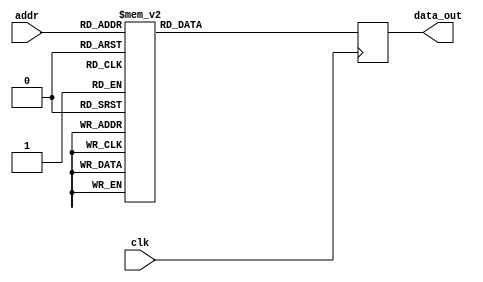
module twiddle_ROM_real_1 (
    input wire clk,
    input wire [4:0] addr,
    output reg [15:0] data_out
);

always @(posedge clk) begin
    case(addr)
    
5'b00000: data_out <= 16'h0100 ;
5'b00001: data_out <= 16'h0100 ;
5'b00010: data_out <= 16'h0100 ;
5'b00011: data_out <= 16'h0100 ;
5'b00100: data_out <= 16'h0100 ;
5'b00101: data_out <= 16'h0000 ;
5'b00110: data_out <= 16'h0100 ;
5'b00111: data_out <= 16'h0000 ;
5'b01000: data_out <= 16'h0100 ;
5'b01001: data_out <= 16'h00B5 ;
5'b01010: data_out <= 16'h0000 ;
5'b01011: data_out <= 16'hFF4A ;
5'b01100: data_out <= 16'h0000 ;
5'b01101: data_out <= 16'hFF9E ;
5'b01110: data_out <= 16'hFF4A ;
5'b01111: data_out <= 16'hFF13 ;
5'b10000: data_out <= 16'h00B5 ;
5'b10001: data_out <= 16'h008E ;
5'b10010: data_out <= 16'h0061 ;
5'b10011: data_out <= 16'h0031 ;
5'b10100: data_out <= 16'h00EC ;
5'b10101: data_out <= 16'h00E1 ;
5'b10110: data_out <= 16'h00D4 ;
5'b10111: data_out <= 16'h00C5 ;
5'b11000: data_out <= 16'h00FB ;
5'b11001: data_out <= 16'h00F8 ;
5'b11010: data_out <= 16'h00F4 ;
5'b11011: data_out <= 16'h00F1 ;


        default: data_out <= 16'h00000;
    endcase
end

endmodule